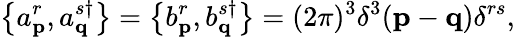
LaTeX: \left\{ a_{\mathbf{p}}^{r},a_{\mathbf{q}}^{s\dagger}\right\} =\left\{ b_{\mathbf{p}}^{r},b_{\mathbf{q}}^{s\dagger}\right\} =(2\pi)^{3}\delta^{3}(\mathbf{p}-\mathbf{q})\delta^{rs},